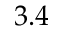
3 . 4